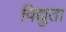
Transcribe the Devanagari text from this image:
विद्युता